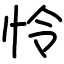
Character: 怜